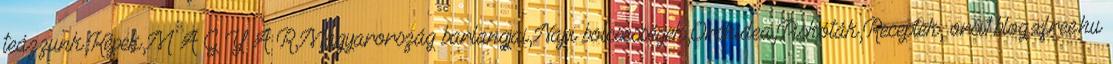
teázzunk,Képek,M A G Y A R,Magyarország barlangjai,Napi bölcsességek,Orchidea,Piskóták,Receptek, orsi1.blog.xfree.hu